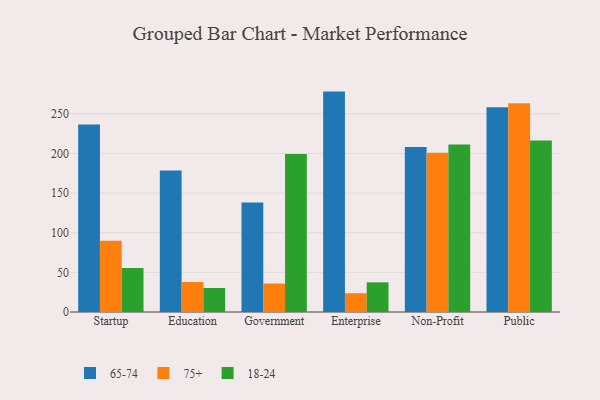
{"axis": {"x": "Segment", "y": "Website Visitors"}, "legend": ["18-24", "65-74", "75+"], "data": [{"x": "Startup", "y": 236.4, "type": "65-74"}, {"x": "Startup", "y": 90.0, "type": "75+"}, {"x": "Startup", "y": 55.6, "type": "18-24"}, {"x": "Education", "y": 178.4, "type": "65-74"}, {"x": "Education", "y": 37.8, "type": "75+"}, {"x": "Education", "y": 30.3, "type": "18-24"}, {"x": "Government", "y": 138.1, "type": "65-74"}, {"x": "Government", "y": 35.9, "type": "75+"}, {"x": "Government", "y": 199.2, "type": "18-24"}, {"x": "Enterprise", "y": 278.0, "type": "65-74"}, {"x": "Enterprise", "y": 23.7, "type": "75+"}, {"x": "Enterprise", "y": 37.4, "type": "18-24"}, {"x": "Non-Profit", "y": 208.1, "type": "65-74"}, {"x": "Non-Profit", "y": 200.8, "type": "75+"}, {"x": "Non-Profit", "y": 211.3, "type": "18-24"}, {"x": "Public", "y": 258.4, "type": "65-74"}, {"x": "Public", "y": 263.3, "type": "75+"}, {"x": "Public", "y": 216.3, "type": "18-24"}]}